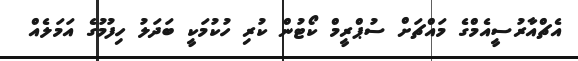
އެޗްއާރުސީއެމްގެ މައްޗަށް ސުޕްރީމް ކޯޓުން ކުރި ހުކުމަކީ ބަދަލު ހިފުމުގެ އަމަލެއް